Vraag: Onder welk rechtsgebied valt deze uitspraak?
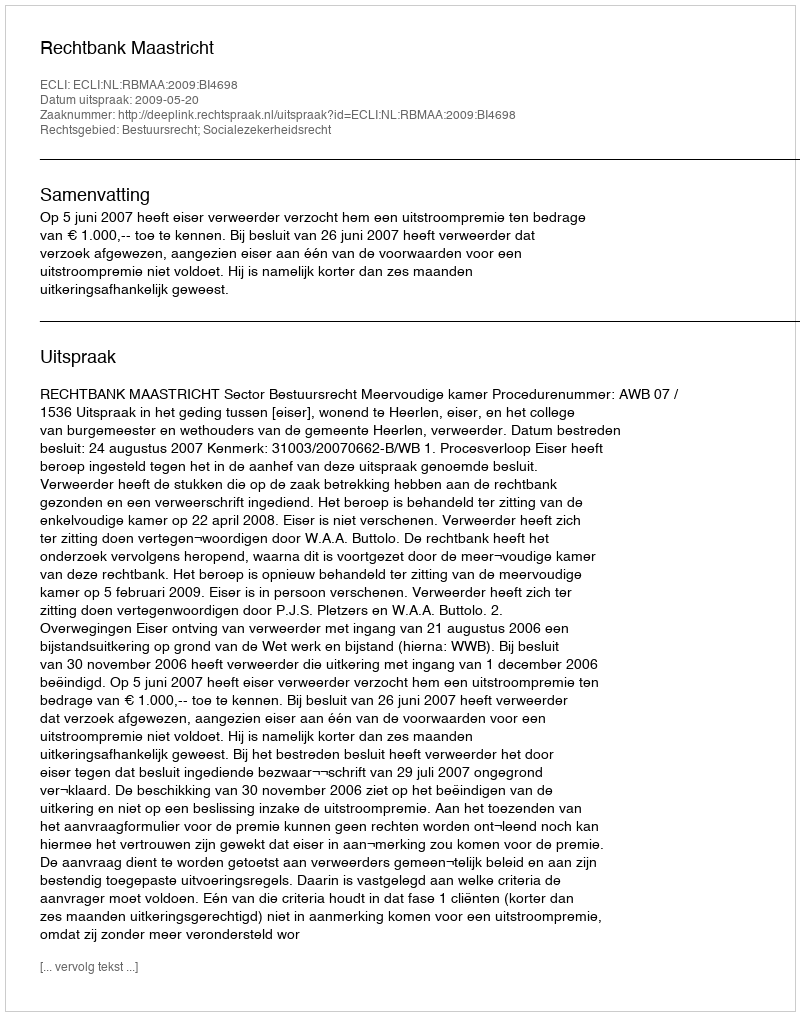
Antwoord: Bestuursrecht; Socialezekerheidsrecht